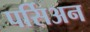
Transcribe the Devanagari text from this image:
पर्सिअन